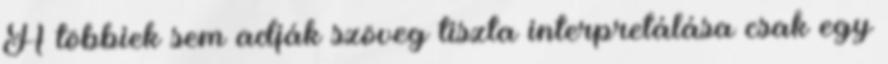
A többiek sem adják szöveg tiszta interpretálása csak egy